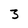
Character: 3